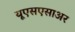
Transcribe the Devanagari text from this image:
यूएसएसाअर